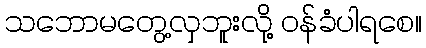
သဘောမတွေ့လှဘူးလို့ ဝန်ခံပါရစေ။